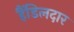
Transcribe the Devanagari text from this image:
हैंडिलदार